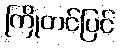
ကြိုတင်ပြင်